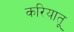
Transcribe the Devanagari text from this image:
करियातू